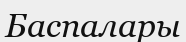
Баспалары